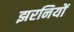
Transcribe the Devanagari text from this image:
झरनियों